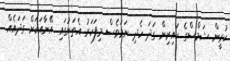
ކުރީން ޝަމްސްގެ ކައިރިން ގަދަ ހެދި ނަމަވެސް މިފަހަރު އެތަނުގައި އޭނާއަކަށް ގަދައެއް